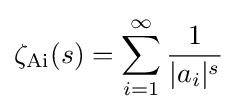
\zeta _{\mathrm {Ai} }(s)=\sum _{i=1}^{\infty }{\frac {1}{|a_{i}|^{s}}}